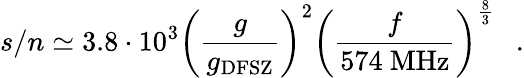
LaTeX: s/n\simeq 3.8\cdot 10^{3}\left({\frac{g}{g_{\mathrm{DFSZ}}}}\right)^{2}\left({\frac{f}{574~\mathrm{MHz}}}\right)^{\frac{8}{3}}~~\ .